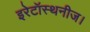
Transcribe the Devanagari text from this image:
इरेटॉस्थनीज।